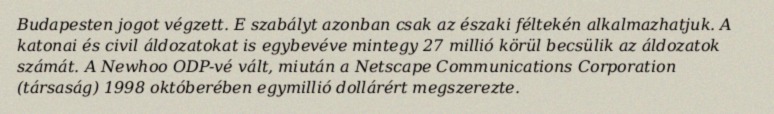
Budapesten jogot végzett. E szabályt azonban csak az északi féltekén alkalmazhatjuk. A katonai és civil áldozatokat is egybevéve mintegy 27 millió körül becsülik az áldozatok számát. A Newhoo ODP-vé vált, miután a Netscape Communications Corporation (társaság) 1998 októberében egymillió dollárért megszerezte.